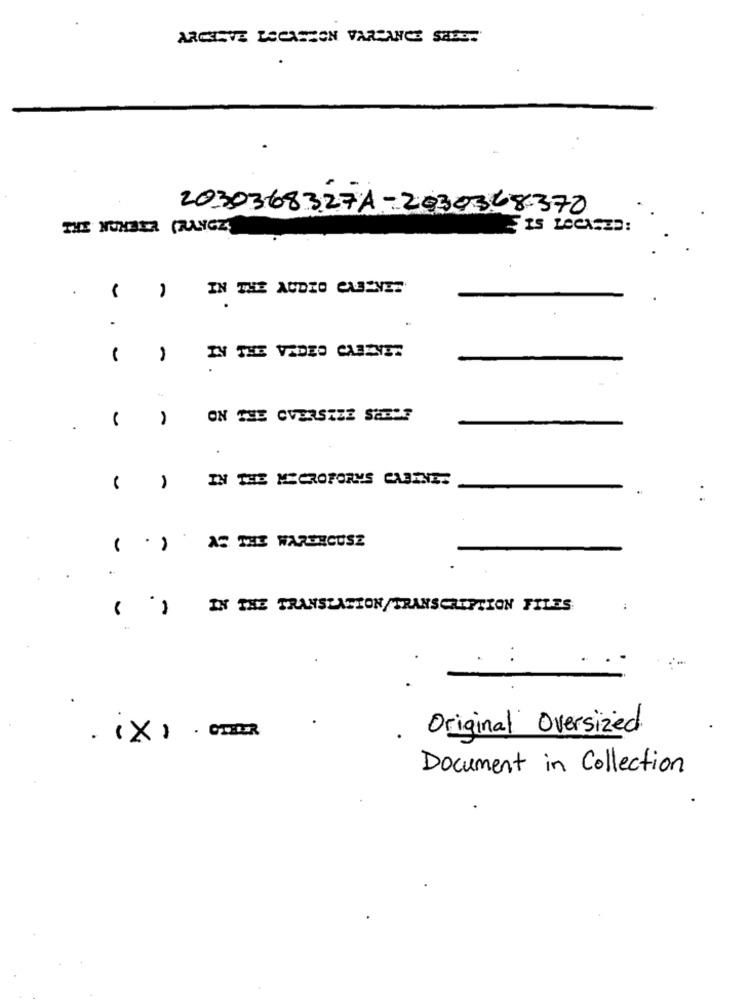
ARCHEVE LSCASHON VARSANCE SEES.
2030368327A-2030368370
THE NUMBER (RANGE)
IS LOCASED:
.
IN THE AUDIO CABINET
-
.
-
IN THE VIDEO CABINET
ON
THE OVERSIZE SABLE
IN THE MICROFORMS CABINET
AS THE WAREHOUSE
-
.
IN THE TRANSLATION/TRANSCRIPTION FILES
Original Oversized
. (X) =
Document in Collection